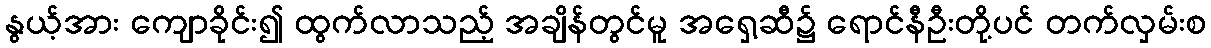
နွယ့်အား ကျောခိုင်း၍ ထွက်လာသည့် အချိန်တွင်မူ အရှေ့ဆီ၌ ရောင်နီဦးတို့ပင် တက်လှမ်းစ